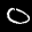
Label: 0